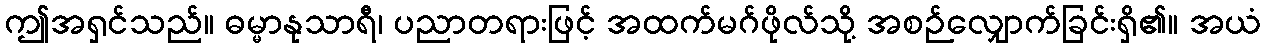
ဤအရှင်သည်။ ဓမ္မာနုသာရီ၊ ပညာတရားဖြင့် အထက်မဂ်ဖိုလ်သို့ အစဉ်လျှောက်ခြင်းရှိ၏။ အယံ